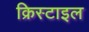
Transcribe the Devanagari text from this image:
क्रिस्टाइल